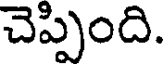
చెప్పింది.